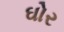
ઘોર